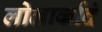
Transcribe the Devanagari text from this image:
लोलार्कादं